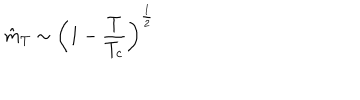
\hat { m } _ { T } \sim \left( 1 - \frac { T } { T _ { c } } \right) ^ { \frac { 1 } { 2 } }